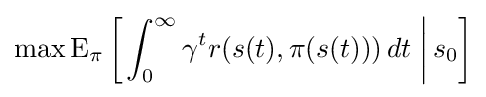
\max \operatorname {E} _{\pi }\left[\left.\int _{0}^{\infty }\gamma ^{t}r(s(t),\pi (s(t)))\,dt\;\right|s_{0}\right]